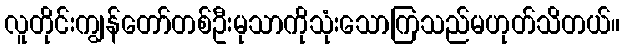
လူတိုင်းကျွန်တော်တစ်ဦးမုသာကိုသုံးသောကြသည်မဟုတ်သိတယ်။